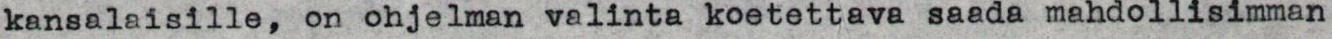
kansalaisille, on ohjelman valinta koetettava saada mahdollisimman